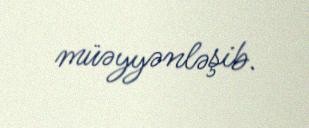
müəyyənləşib.